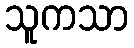
သူကသာ